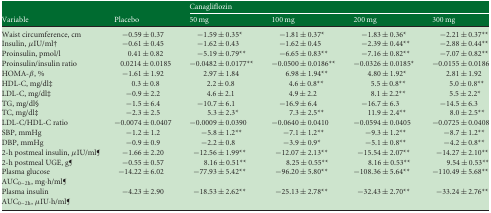
<table><thead><tr><td></td><td></td><td colspan="4"><b>Canagliflozin</b></td></tr><tr><td><b>Variable</b></td><td><b>Placebo</b></td><td><b>50 mg</b></td><td><b>100 mg</b></td><td><b>200 mg</b></td><td><b>300 mg</b></td></tr></thead><tbody><tr><td>Waist circumference, cm</td><td>−0.59 ± 0.37</td><td>−1.59 ± 0.35*</td><td>−1.81 ± 0.37*</td><td>−1.83 ± 0.36*</td><td>−2.21 ± 0.37**</td></tr><tr><td>Insulin, μIU/ml†</td><td>−0.61 ± 0.45</td><td>−1.62 ± 0.43</td><td>−1.62 ± 0.45</td><td>−2.39 ± 0.44**</td><td>−2.88 ± 0.44**</td></tr><tr><td>Proinsulin, pmol/l</td><td>0.41 ± 0.82</td><td>−5.19 ± 0.79**</td><td>−6.65 ± 0.83**</td><td>−7.16 ± 0.82**</td><td>−7.07 ± 0.82**</td></tr><tr><td>Proinsulin/insulin ratio</td><td>0.0214 ± 0.0185</td><td>−0.0482 ± 0.0177**</td><td>−0.0500 ± 0.0186**</td><td>−0.0326 ± 0.0185*</td><td>−0.0155 ± 0.0186</td></tr><tr><td>HOMA-β, %</td><td>−1.61 ± 1.92</td><td>2.97 ± 1.84</td><td>6.98 ± 1.94**</td><td>4.80 ± 1.92*</td><td>2.81 ± 1.92</td></tr><tr><td>HDL-C, mg/dl‡</td><td>0.3 ± 0.8</td><td>2.2 ± 0.8</td><td>4.6 ± 0.8**</td><td>5.5 ± 0.8**</td><td>5.0 ± 0.8**</td></tr><tr><td>LDL-C, mg/dl‡</td><td>−0.9 ± 2.2</td><td>4.6 ± 2.1</td><td>4.9 ± 2.2</td><td>8.1 ± 2.2**</td><td>5.5 ± 2.2*</td></tr><tr><td>TG, mg/dl§</td><td>−1.5 ± 6.4</td><td>−10.7 ± 6.1</td><td>−16.9 ± 6.4</td><td>−16.7 ± 6.3</td><td>−14.5 ± 6.3</td></tr><tr><td>TC, mg/dl‡</td><td>−2.3 ± 2.5</td><td>5.3 ± 2.3*</td><td>7.3 ± 2.5**</td><td>11.9 ± 2.4**</td><td>8.0 ± 2.5**</td></tr><tr><td>LDL-C/HDL-C ratio</td><td>−0.0074 ± 0.0407</td><td>−0.0009 ± 0.0390</td><td>−0.0640 ± 0.0410</td><td>−0.0594 ± 0.0405</td><td>−0.0725 ± 0.0408</td></tr><tr><td>SBP, mmHg</td><td>−1.2 ± 1.2</td><td>−5.8 ± 1.2**</td><td>−7.1 ± 1.2**</td><td>−9.3 ± 1.2**</td><td>−8.7 ± 1.2**</td></tr><tr><td>DBP, mmHg</td><td>−0.9 ± 0.9</td><td>−2.2 ± 0.8</td><td>−3.9 ± 0.9*</td><td>−5.1 ± 0.8**</td><td>−4.2 ± 0.8**</td></tr><tr><td>2-h postmeal insulin, μIU/ml¶</td><td>−1.66 ± 2.20</td><td>−12.56 ± 1.99**</td><td>−12.07 ± 2.13**</td><td>−15.54 ± 2.07**</td><td>−14.27 ± 2.10**</td></tr><tr><td>2-h postmeal UGE, g¶</td><td>−0.55 ± 0.57</td><td>8.16 ± 0.51**</td><td>8.25 ± 0.55**</td><td>8.16 ± 0.53**</td><td>9.54 ± 0.53**</td></tr><tr><td>Plasma glucose</td><td rowspan="2">−14.22 ± 6.02</td><td rowspan="2">−77.93 ± 5.42**</td><td rowspan="2">−96.20 ± 5.80**</td><td rowspan="2">−108.36 ± 5.64**</td><td rowspan="2">−110.49 ± 5.68**</td></tr><tr><td>AUC<sub>0–2h</sub>, mg·h/ml¶</td></tr><tr><td>Plasma insulin</td><td rowspan="2">−4.23 ± 2.90</td><td rowspan="2">−18.53 ± 2.62**</td><td rowspan="2">−25.13 ± 2.78**</td><td rowspan="2">−32.43 ± 2.70**</td><td rowspan="2">−33.24 ± 2.76**</td></tr><tr><td>AUC<sub>0–2h</sub>, μIU·h/ml¶</td></tr></tbody></table>